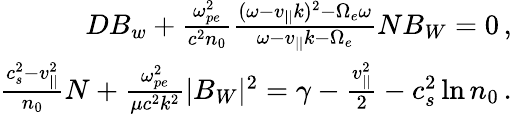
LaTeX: \begin{array}{r}{DB_{w}+\frac{\omega_{pe}^{2}}{c^{2}n_{0}}\frac{(\omega-v_{||}k)^{2}-\Omega_{e}\omega}{\omega-v_{||}k-\Omega_{e}}NB_{W}=0\, ,}\\ {\frac{c_{s}^{2}-v_{||}^{2}}{n_{0}}N+\frac{\omega_{pe}^{2}}{\mu c^{2}k^{2}}|B_{W}|^{2}=\gamma-\frac{v_{||}^{2}}{2}-c_{s}^{2}\ln n_{0}\, .}\end{array}